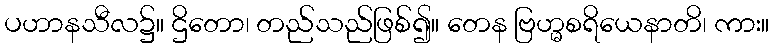
ပဟာနသီလ၌။ ဌိတော၊ တည်သည်ဖြစ်၍။ တေန ဗြဟ္မစရိယေနာတိ၊ ကား။